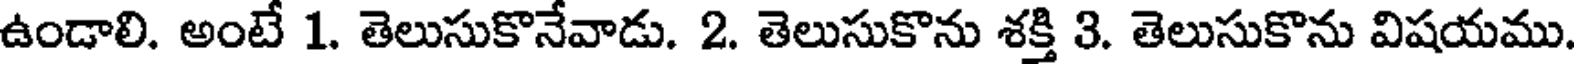
ఉండాలి. అంటే 1. తెలుసుకొనేవాడు. 2. తెలుసుకొను శక్తి 3. తెలుసుకొను విషయము